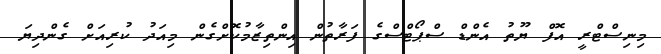
މިނިސްޓްރީ އޮފް ޔޫތު އެންޑް ސްޕޯޓްސްގެ ފަރާތުން އިންތިޒާމުކޮށްގެން މިއަދު ކުރިއަށް ގެންދިޔަ